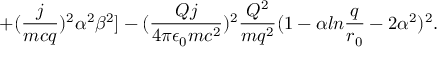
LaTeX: + ( { \frac { j } { m c q } } ) ^ { 2 } \alpha ^ { 2 } \beta ^ { 2 } ] - ( { \frac { Q j } { 4 \pi \epsilon _ { 0 } m c ^ { 2 } } } ) ^ { 2 } { \frac { Q ^ { 2 } } { m q ^ { 2 } } } ( 1 - \alpha l n { \frac { q } { r _ { 0 } } } - 2 \alpha ^ { 2 } ) ^ { 2 } .